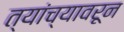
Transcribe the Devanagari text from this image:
त्यांच्यावरून